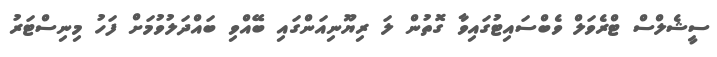
ސީޝެލްސް ޓްރެވަލް ވެބްސައިޓުގައިވާ ގޮތުން ލަ ރިޔޫނިއަންގައި ބޭއްވި ބައްދަލުވުމަށް ފަހު މިނިސްޓަރު